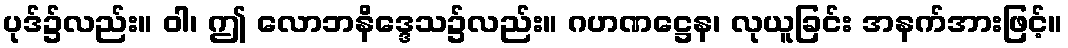
ပုဒ်၌လည်း။ ဝါ၊ ဤ လောဘနိဒ္ဒေသ၌လည်း။ ဂဟဏဋ္ဌေန၊ လုယူခြင်း အနက်အားဖြင့်။